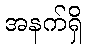
အနက်ရှိ